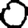
Digit: 0